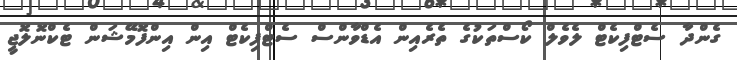
ގެންދާ ސެޓްފިކެޓް ލެވެލް ކޯސްތަކުގެ ތެރެއިން އެޑްވާންސް ސެޓްފިކެޓް އިން އިންފޮމޭޝަން ޓެކްނޮލޮޖީ